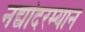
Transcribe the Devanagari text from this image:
नद्यांदरम्यान